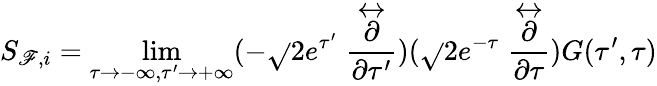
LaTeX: S_{\mathscr{F},i}=\operatorname*{lim}_{\tau\rightarrow-\infty,\tau^{\prime}\rightarrow+\infty}(-\sqrt{}{{2}}e^{\tau^{\prime}}\stackrel{\leftrightarrow}{\frac{{\partial}}{{\partial\tau^{\prime}}}})(\sqrt{}{{2}}e^{-\tau}\stackrel{\leftrightarrow}{\frac{{\partial}}{{\partial\tau}}})G(\tau^{\prime},\tau)